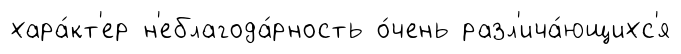
хара́кт'ер н'еблагода́рность о́чень разл'ича́ющихс'я